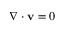
\nabla \cdot \mathbf { v } = 0